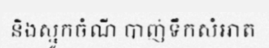
និងស្នូកចំណី បាញ់ទឹកសំអាត